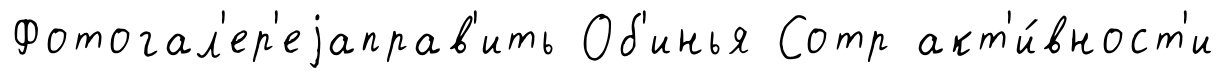
Фотогал'ер'еjаправ'ить Об'инья Сотр акт'и́вност'и